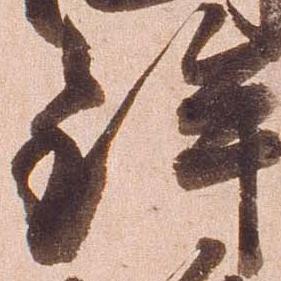
鉾